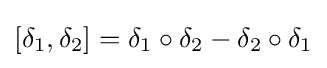
[\delta _{1},\delta _{2}]=\delta _{1}\circ \delta _{2}-\delta _{2}\circ \delta _{1}